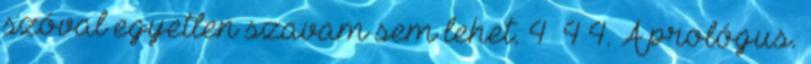
szóval egyetlen szavam sem lehet. 4 4 4. A prológus.